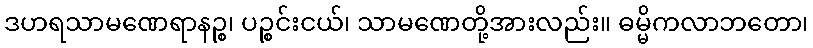
ဒဟရသာမဏေရာနဉ္စ၊ ပဉ္စင်းငယ်၊ သာမဏေတို့အားလည်း။ ဓမ္မိကလာဘတော၊